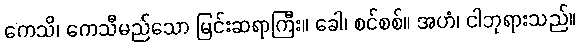
ကေသိ၊ ကေသီမည်သော မြင်းဆရာကြီး။ ခေါ၊ စင်စစ်။ အဟံ၊ ငါဘုရားသည်။